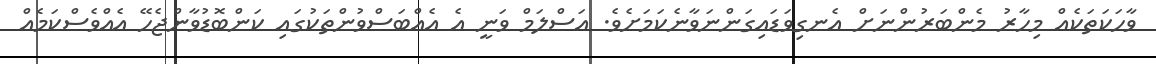
ވާހަކަތަކެއް މިހާރު މެންބަރުންނަށް އެނގިވަޑައިގަންނަވާނެކަމަށެވެ. އަސްލަމް ވަނީ އެ އެއްބަސްވުންތަކުގައި ކަންބޮޑުވާންޖެހޭ އެއްވެސްކަމެއް